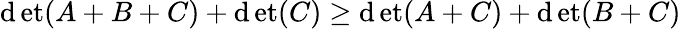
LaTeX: \operatorname*{\mathrm{d}et}(A+B+C)+\operatorname*{\mathrm{d}et}(C)\geq\operatorname*{\mathrm{d}et}(A+C)+\operatorname*{\mathrm{d}et}(B+C)